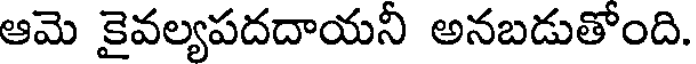
ఆమె కైవల్యపదదాయనీ అనబడుతోంది.